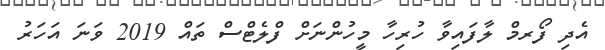
އެދި ފޯރމް ލާފައިވާ ހުރިހާ މީހުންނަށް ފްލެޓްސް ތައް 2019 ވަނަ އަހަރު